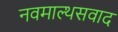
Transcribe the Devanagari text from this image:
नवमाल्थसवाद